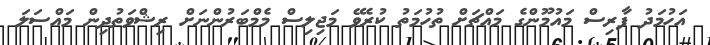
އަހުމަދު ފާރިސް މައުމޫންގެ މައްޗަށް ތުހުމަތު ކުރެވޭ މަޖިލިސް މެމްބަރުންނަށް ރިޝްވަތުދިން މައްސަލަ